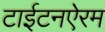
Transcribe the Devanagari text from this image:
टाईटनऐरम